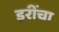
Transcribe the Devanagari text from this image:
इरींचा